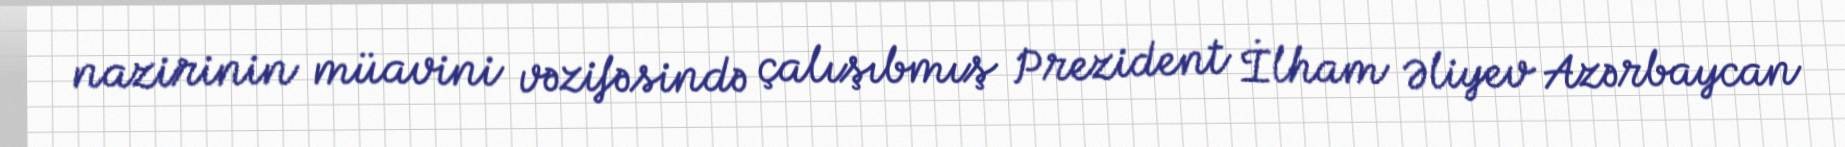
nazirinin müavini vəzifəsində çalışıbmış Prezident İlham Əliyev Azərbaycan